Indian journal of veterinary science and animal husbandry - Volume 2,
Year: 1932
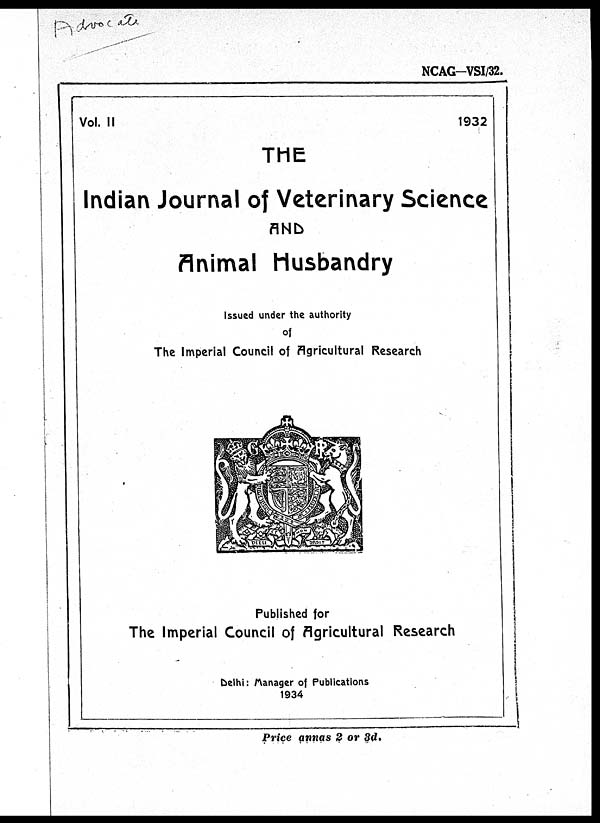
NCAG-VSI/32.
Vol. II
1932
THE
Indian Journal of Veterinary Science
AND
Animal Husbandry
Issued under the authority
of
The Imperial Council of Agricultural Research
Published for
The Imperial Council of Agricultural Research
Delhi : Manager of Publications
1934
Price annas 2 or 3d.